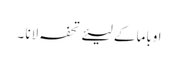
اوباما کے لیئے تحفہ لانا ۔